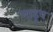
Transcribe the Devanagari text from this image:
माडूव